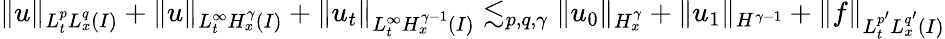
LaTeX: \| u\| _{L_{t}^{p}L_{x}^{q}(I)}+\| u\| _{L_{t}^{\infty}H_{x}^{\gamma}(I)}+\| u_{t}\| _{L_{t}^{\infty}H_{x}^{\gamma-1}(I)}\lesssim_{p,q,\gamma}\| u_{0}\| _{H_{x}^{\gamma}}+\| u_{1}\| _{H^{\gamma-1}}+\| f\| _{L_{t}^{p^{\prime}}L_{x}^{q^{\prime}}(I)}